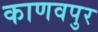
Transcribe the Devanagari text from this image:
काणवपुर